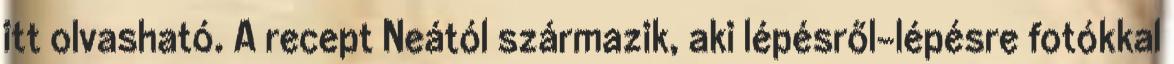
itt olvasható. A recept Neától származik, aki lépésről-lépésre fotókkal